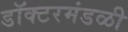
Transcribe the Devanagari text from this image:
डॉक्टरमंडळी